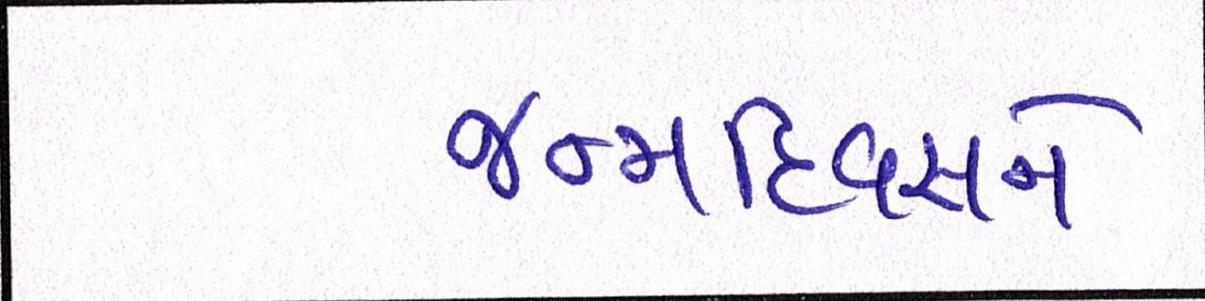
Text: જન્મદિવસને